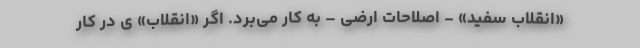
«انقلاب سفید» - اصلاحات ارضی – به کار می‌بُرد. اگر «انقلاب» ی در کار